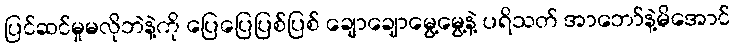
ပြင်ဆင်မှုမလိုဘဲနဲ့ကို ပြေပြေပြစ်ပြစ် ချောချောမွေ့မွေ့နဲ့ ပရိသတ် အာဘော်နဲ့မိအောင်